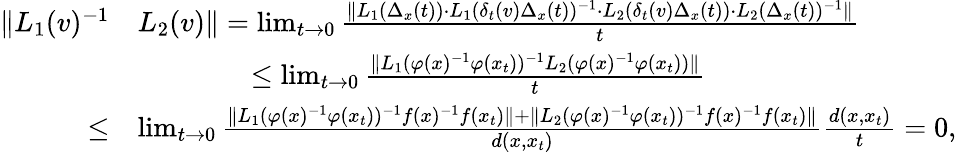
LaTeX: \begin{array}{rl}{\lVert L_{1}(v)^{-1}}&{L_{2}(v)\rVert=\operatorname*{lim}_{t\to 0}\frac{\lVert L_{1}(\Delta_{x}(t))\cdot L_{1}(\delta_{t}(v)\Delta_{x}(t))^{-1}\cdot L_{2}(\delta_{t}(v)\Delta_{x}(t))\cdot L_{2}(\Delta_{x}(t))^{-1}\rVert}{t}}\\ &{\qquad\qquad\leq\operatorname*{lim}_{t\to 0}\frac{\lVert L_{1}(\varphi(x)^{-1}\varphi(x_{t}))^{-1}L_{2}(\varphi(x)^{-1}\varphi(x_{t}))\rVert}{t}}\\ {\leq}&{\operatorname*{lim}_{t\to 0}\frac{\lVert L_{1}(\varphi(x)^{-1}\varphi(x_{t}))^{-1}f(x)^{-1}f(x_{t})\rVert+\lVert L_{2}(\varphi(x)^{-1}\varphi(x_{t}))^{-1}f(x)^{-1}f(x_{t})\rVert}{d(x,x_{t})}\frac{d(x,x_{t})}{t}=0,}\end{array}